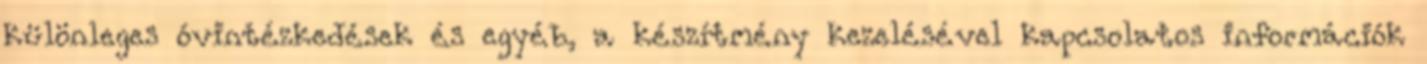
különleges óvintézkedések és egyéb, a készítmény kezelésével kapcsolatos információk